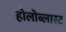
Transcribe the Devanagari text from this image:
होलोब्लास्ट